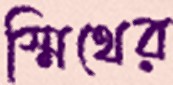
স্মিথের